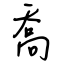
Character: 喬